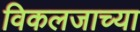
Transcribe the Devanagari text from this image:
विकलजाच्या